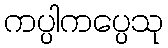
ကပ္ပါကပ္ပေသု